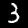
Label: 3